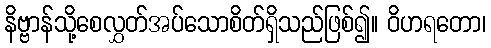
နိဗ္ဗာန်သို့စေလွှတ်အပ်သောစိတ်ရှိသည်ဖြစ်၍။ ဝိဟရတော၊